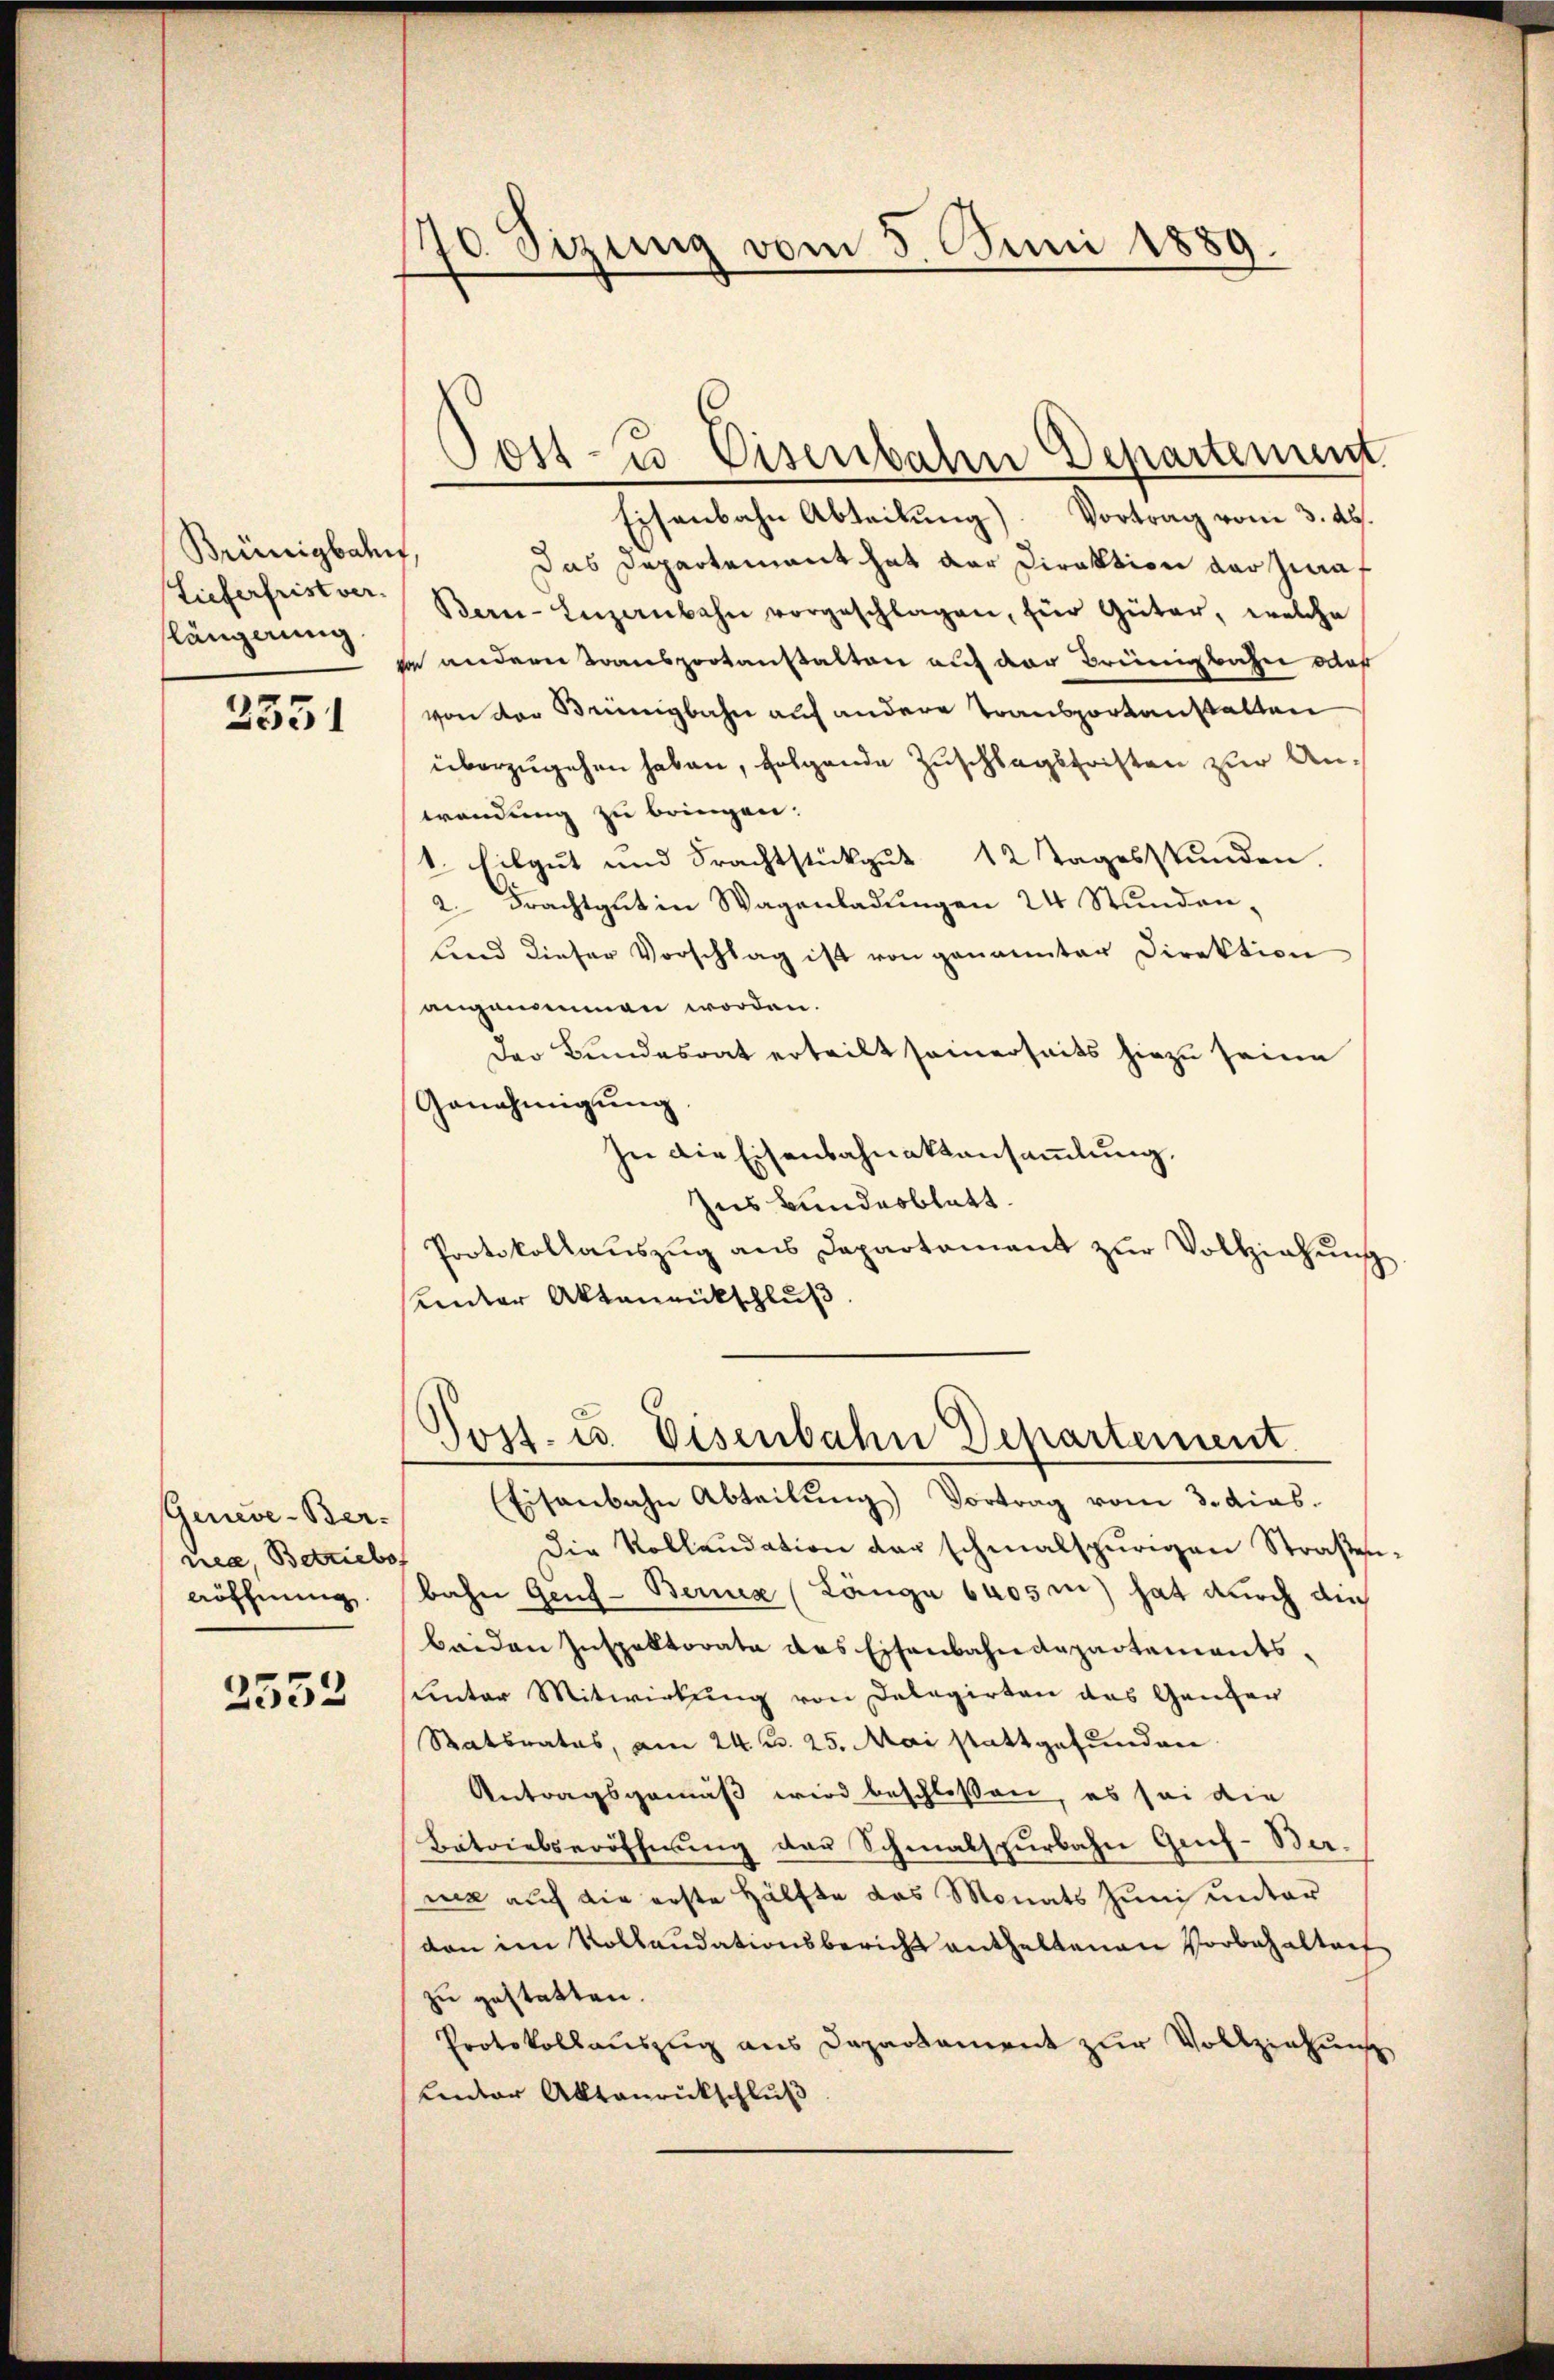
Brünigbahn
Lieferfrist ver-
längerung

2351

Geneve-Ber-
nea, Betriebe,
röffnung

2532

70 Sizung vom 5. Juni 1889.

Eisenbahn Abteilung). Vortrag vom 3. Abs.
Das Departement hat der Direktion der zwaf
Ban-Enzenbahn vorgeschlagen, für Güter, welche
be andern Transportanstalten auf der Brünigbahn oder
von der Brünigbahn auf andere Transportanstalten
überzugehen haben, folgende Zuschlagsfristen zur Anwendung zu bringen.
1. Eilgut und Frachtstükgŭt 12 Tagesstunden.
2. Frachtgut in Wagenladungen 24 Stunden,
land dieser Vorschlag ist von genannter Direktion
angenommen worden.
Der Bundesrat erteilt seinerseits hiezu seine
Genehmigŭng.
In die Eisenbahnaktansammlung.
Zus Bundesblatt.
Protokollaŭszŭg ans Departament zŭr Vollziehŭng
Under Aktenrückschluß

Post- & Eisenbahn Departement

Post- u. Eisenbahn Departement.

Eisenbahn Abteilŭng Vortrag vom 3. dies.
Die Kollaudation der schmalspurigen Straßen-
bahn Gend-Berner (Länge blos in hat durch die
beiden Inspektorata das Eisenbahndepartementsunter Mitwirkung von Delegirten das Ganzer
Ratsrates, am 24. ds. 25. Mai stattgefunden
Antragsgemäß wird beschloßen, es sei die
Batriebseröffnung der Schmalspurbahn Genf-Bernie auf die erste Hälfte das Monats Juni unter
dan im Kollaudationsbericht enthaltenen Vorbehalten
zu gestatten.
Protokollauszug aus Departement zur Vollziehung
unter Aktenrückschluß